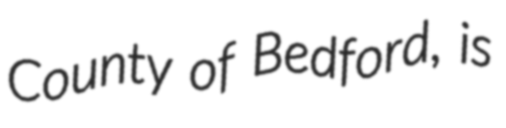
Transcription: County of Bedford, is